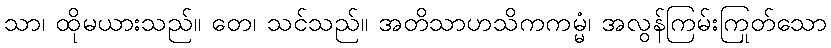
သာ၊ ထိုမယားသည်။ တေ၊ သင်သည်။ အတိသာဟသိကကမ္မံ၊ အလွန်ကြမ်းကြုတ်သော